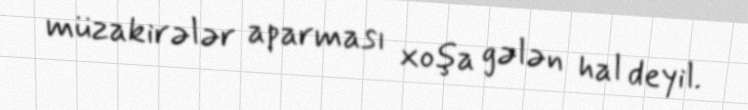
müzakirələr aparması xoşa gələn hal deyil.